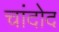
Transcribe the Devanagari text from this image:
चांदोद